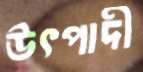
উৎপাদী